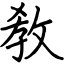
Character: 敎